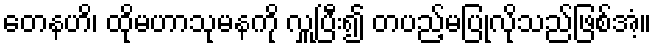
တေနဟိ၊ ထိုမဟာသုမနကို လှူပြီး၍ တပည့်မပြုလိုသည်ဖြစ်အံ့။